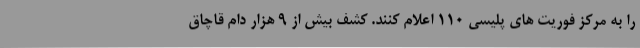
را به مرکز فوریت های پلیسی 110 اعلام کنند. کشف بیش از 9 هزار دام قاچاق